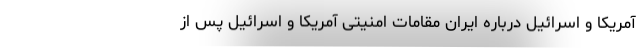
آمریکا و اسرائیل درباره ایران مقامات امنیتی آمریکا و اسرائیل پس از